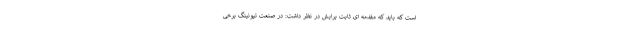
است که باید که مقدمه ای ثابت برایش در نظر داشت: در صنعت تیونینگ برخی